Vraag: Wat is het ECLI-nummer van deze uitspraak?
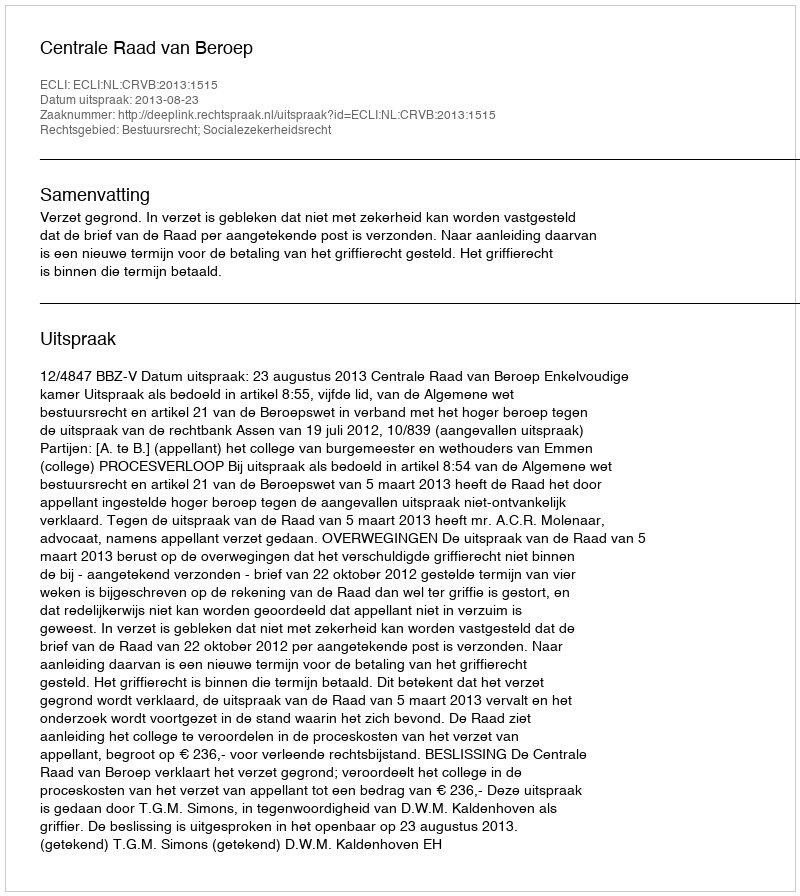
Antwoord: ECLI:NL:CRVB:2013:1515